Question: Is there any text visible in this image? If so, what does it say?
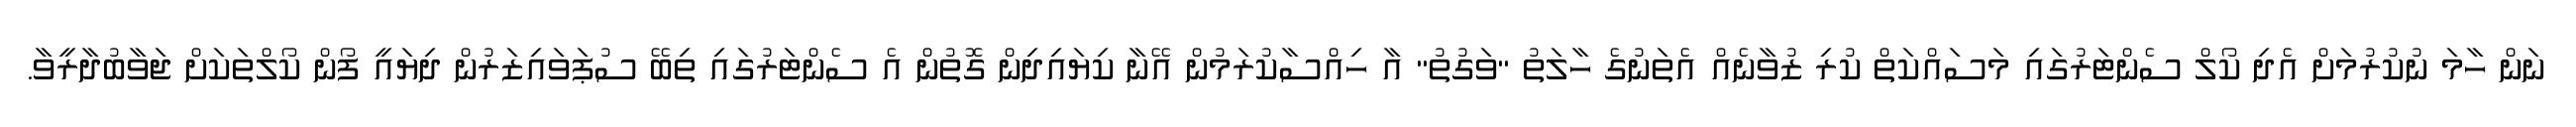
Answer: ނަން ހާމަ ނުކުރުމަށް އެދި ކޯލް ސެންޓަރުގައި މަސައްކަތް ކުރި ޒުވާނެއް އެތަނުގެ ހާލަތު "ވަގުތު" އާ ހިއްސާކުރަމުން އޭނާ ކިޔައިދިން ގޮތުން އެ ސެންޓަރުގައި ތިބޭ ސުޕަވައިޒަރުން ދިޔައީ ފޯން ކޯލްތަކަށް ޖަވާބުދާރީވާ.